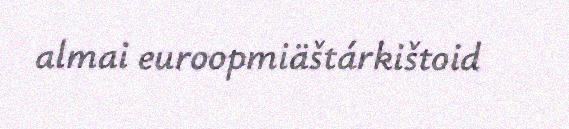
almai euroopmiäštárkištoid